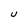
Character: U